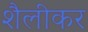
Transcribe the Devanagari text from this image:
शैलीकर